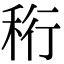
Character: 𥞧